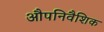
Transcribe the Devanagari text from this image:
औपनिवैशिक